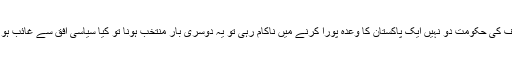
اب حالاتِ حاضرہ پر واپس آتے ہیں اگر تحریک انصاف کی حکومت دو نہیں ایک پاکستان کا وعدہ پورا کرنے میں ناکام رہی تو یہ دوسری بار منتخب ہونا تو کیا سیاسی افق سے غائب ہو جائیں گے اور اقتدار ان سے چھن کر status Quo!